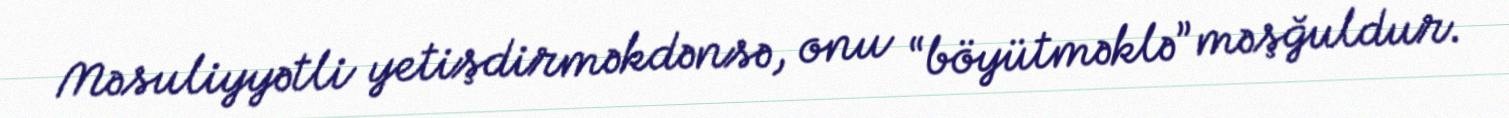
Məsuliyyətli yetişdirməkdənsə, onu “böyütməklə” məşğuldur.